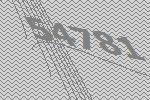
54781